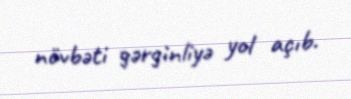
növbəti gərginliyə yol açıb.